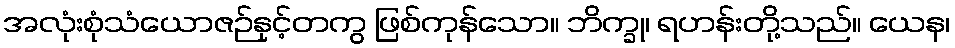
အလုံးစုံသံယောဇဉ်နှင့်တကွ ဖြစ်ကုန်သော။ ဘိက္ခု၊ ရဟန်းတို့သည်။ ယေန၊